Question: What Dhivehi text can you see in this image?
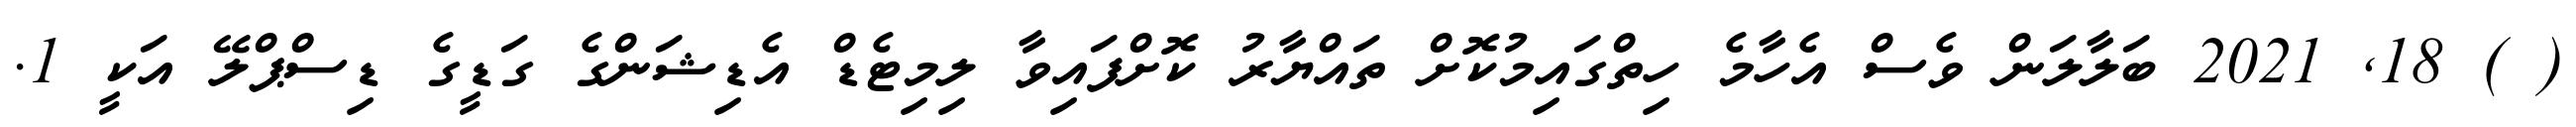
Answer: ( ) 18, 2021 ބަލާލަން ވެސް އެހާމެ ހިތްގައިމުކޮށް ތައްޔާރު ކޮށްފައިވާ ލިމިޓެޑް އެޑިޝަންގެ ގަޑީގެ ޑިސްޕްލޭ އަކީ 1.